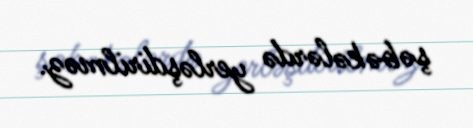
şəbəkələrdə yerləşdirilməz.